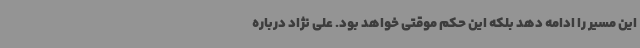
این مسیر را ادامه دهد بلکه این حکم موقتی خواهد بود. علی نژاد درباره